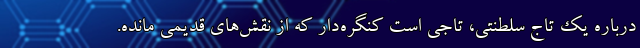
درباره یک تاج سلطنتی، تاجی است کنگره‌دار که از نقش‌های قدیمی مانده.